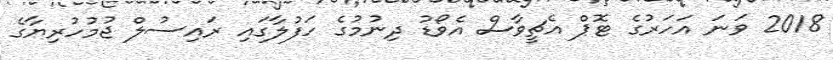
2018 ވަނަ އަހަރުގެ ޓޮޕް އެޗީވާސް އެވޯޑު ދިނުމުގެ ހަފުލާގައި ރައިސުލް ޖުމުހުރިޔާގެ